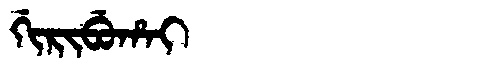
Manchu: ᡤᡳᡵᡳᠪᡠᡥᠠᡳ
Romanization: GIRIBUHAI